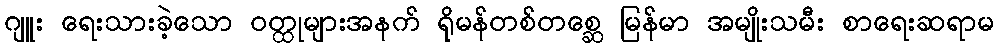
ဂျူး ရေးသားခဲ့သော ဝတ္ထုများအနက် ရိုမန်တစ်တစ္ဆေ မြန်မာ အမျိုးသမီး စာရေးဆရာမ